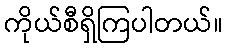
ကိုယ်စီရှိကြပါတယ်။